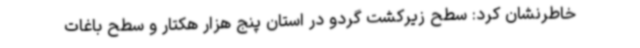
خاطرنشان کرد: سطح زیرکشت گردو در استان پنج هزار هکتار و سطح باغات